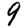
Digit: 9